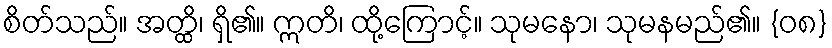
စိတ်သည်။ အတ္ထိ၊ ရှိ၏။ ဣတိ၊ ထို့ကြောင့်။ သုမနော၊ သုမနမည်၏။ {၀၈}